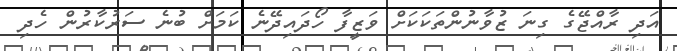
އަދި ރާއްޖޭގެ ގިނަ ޒުވާނުންތަކަކަށް ވަޒީފާ ހޯދައިދޭނެ ކަމަށް ބުނެ ސަރުކާރުން ހެދި